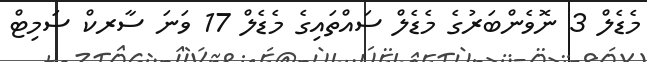
މެޑެލް 3 ނޮވެންބަރުގެ މެޑެލް ސައްތައިގެ މެޑެލް 17 ވަނަ ސާރކް ސަމިޓް